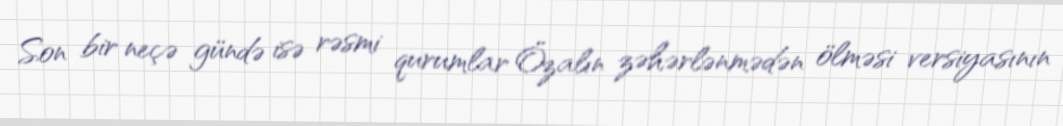
Son bir neçə gündə isə rəsmi qurumlar Özalın zəhərlənmədən ölməsi versiyasının